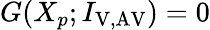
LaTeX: G(X_{p};I_{\mathrm{V,AV}})=0